Leaving Certificate Examination, 1913
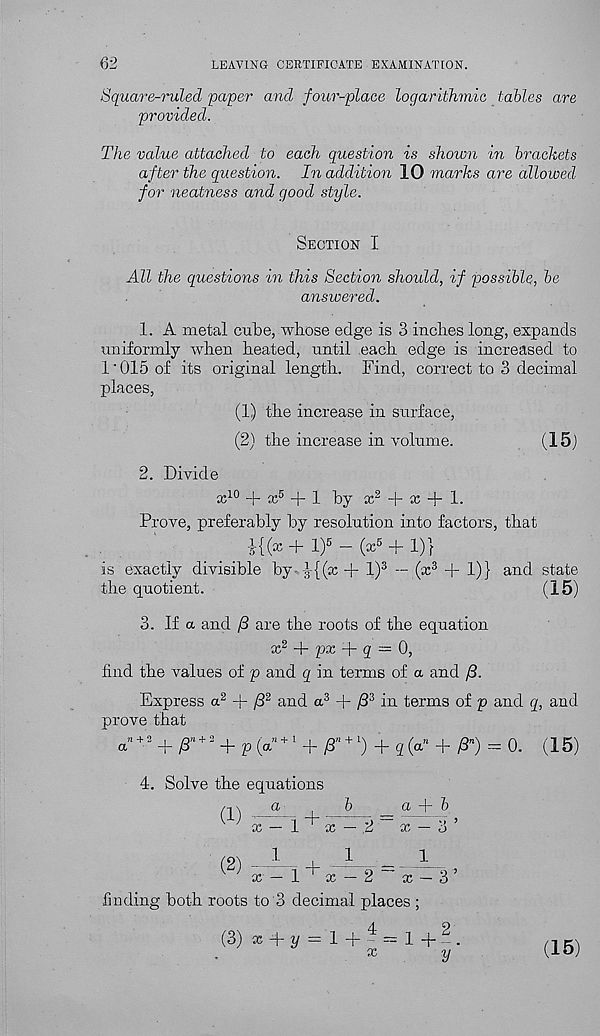
62
LEAVING CERTIFICATE EXAMINATION.
Square-ruled paper and four-place logarithmic tables are
provided.
The value attached to each question is shown in brackets
after the question. In addition 10 marks are allowed
for neatness and good style.
Section I
All the questions in this Section should, if possible, be
answered.
1. A metal cube, whose edge is 3 inches long, expands
uniformly when heated, until each edge is increased to
1'015 of its original length. Find, correct to 3 decimal
places,
(1) the increase in surface,
(2) the increase in volume.
(15)
2. Divide
ad 0 + x 5 + 1 by x 2 + x + L
Prove, preferably by resolution into factors, that
!{(x + l) 5 - (x 5 + 1)}
is exactly divisible by-,-l 7 {(x + l) 3 — (x 3 + 1)} and state
the quotient.
(15)
3. If a and /3 are the roots of the equation
x 2 + px A- q — 0,
find the values of p and q in terms of a and /3.
Express a 2 + /3 2 and a 3 + /3 3 in terms of p and q, and
prove that
+ > + p + > + p ( a * + ‘ +
+ 2 (a » + £*) = o. (15)
4. Solve the equations
a
,
b
(1)
(2)
_ a + 6
x — 1
x — .2
x — 3
i
+ I. _ 1 .
x — 1
x — 2
x — 3’
finding both roots to 3 decimal places ;
(3) x-\-y
x
1 + -
y
(15)